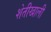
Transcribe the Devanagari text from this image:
शेतीखाली